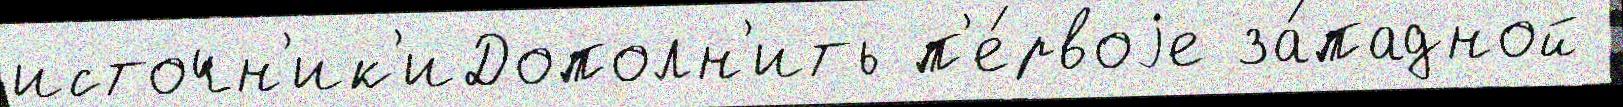
источн'ик'иДополн'ить п'е́рвоjе за́падной